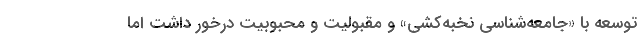
توسعه با «جامعه‌شناسی نخبه‌کشی» و مقبولیت و محبوبیت درخور داشت اما